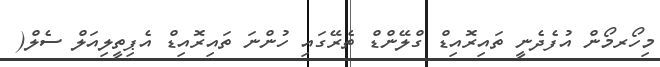
މިހޯރމޯން އުފެދެނީ ތައިރޮއިޑް ގްލޭންޑް ތެރޭގައި ހުންނަ ތައިރޮއިޑް އެޕިތީލިއަލް ސެލް(